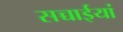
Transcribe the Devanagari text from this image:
सच्चाईयां